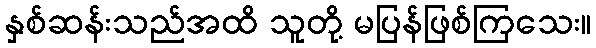
နှစ်ဆန်းသည်အထိ သူတို့ မပြန်ဖြစ်ကြသေး။